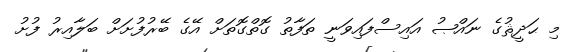
މި ޙަދީޘުގެ ނައްޞު އައިސްފައިވަނީ ތަފާތު ގޮތްގޮތަށް އޭގެ ބޭރުފުށަށް ބަލާއިރު ފުށު